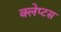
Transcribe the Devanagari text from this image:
क्लेप्टस